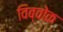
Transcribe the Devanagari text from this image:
विब्वोक